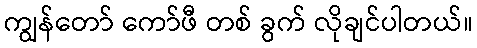
ကျွန်တော် ကော်ဖီ တစ် ခွက် လိုချင်ပါတယ်။